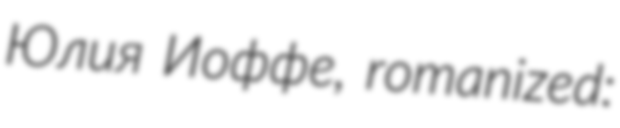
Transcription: Юлия Иоффе, romanized: